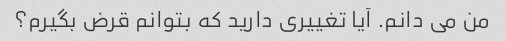
من می دانم. آیا تغییری دارید که بتوانم قرض بگیرم؟